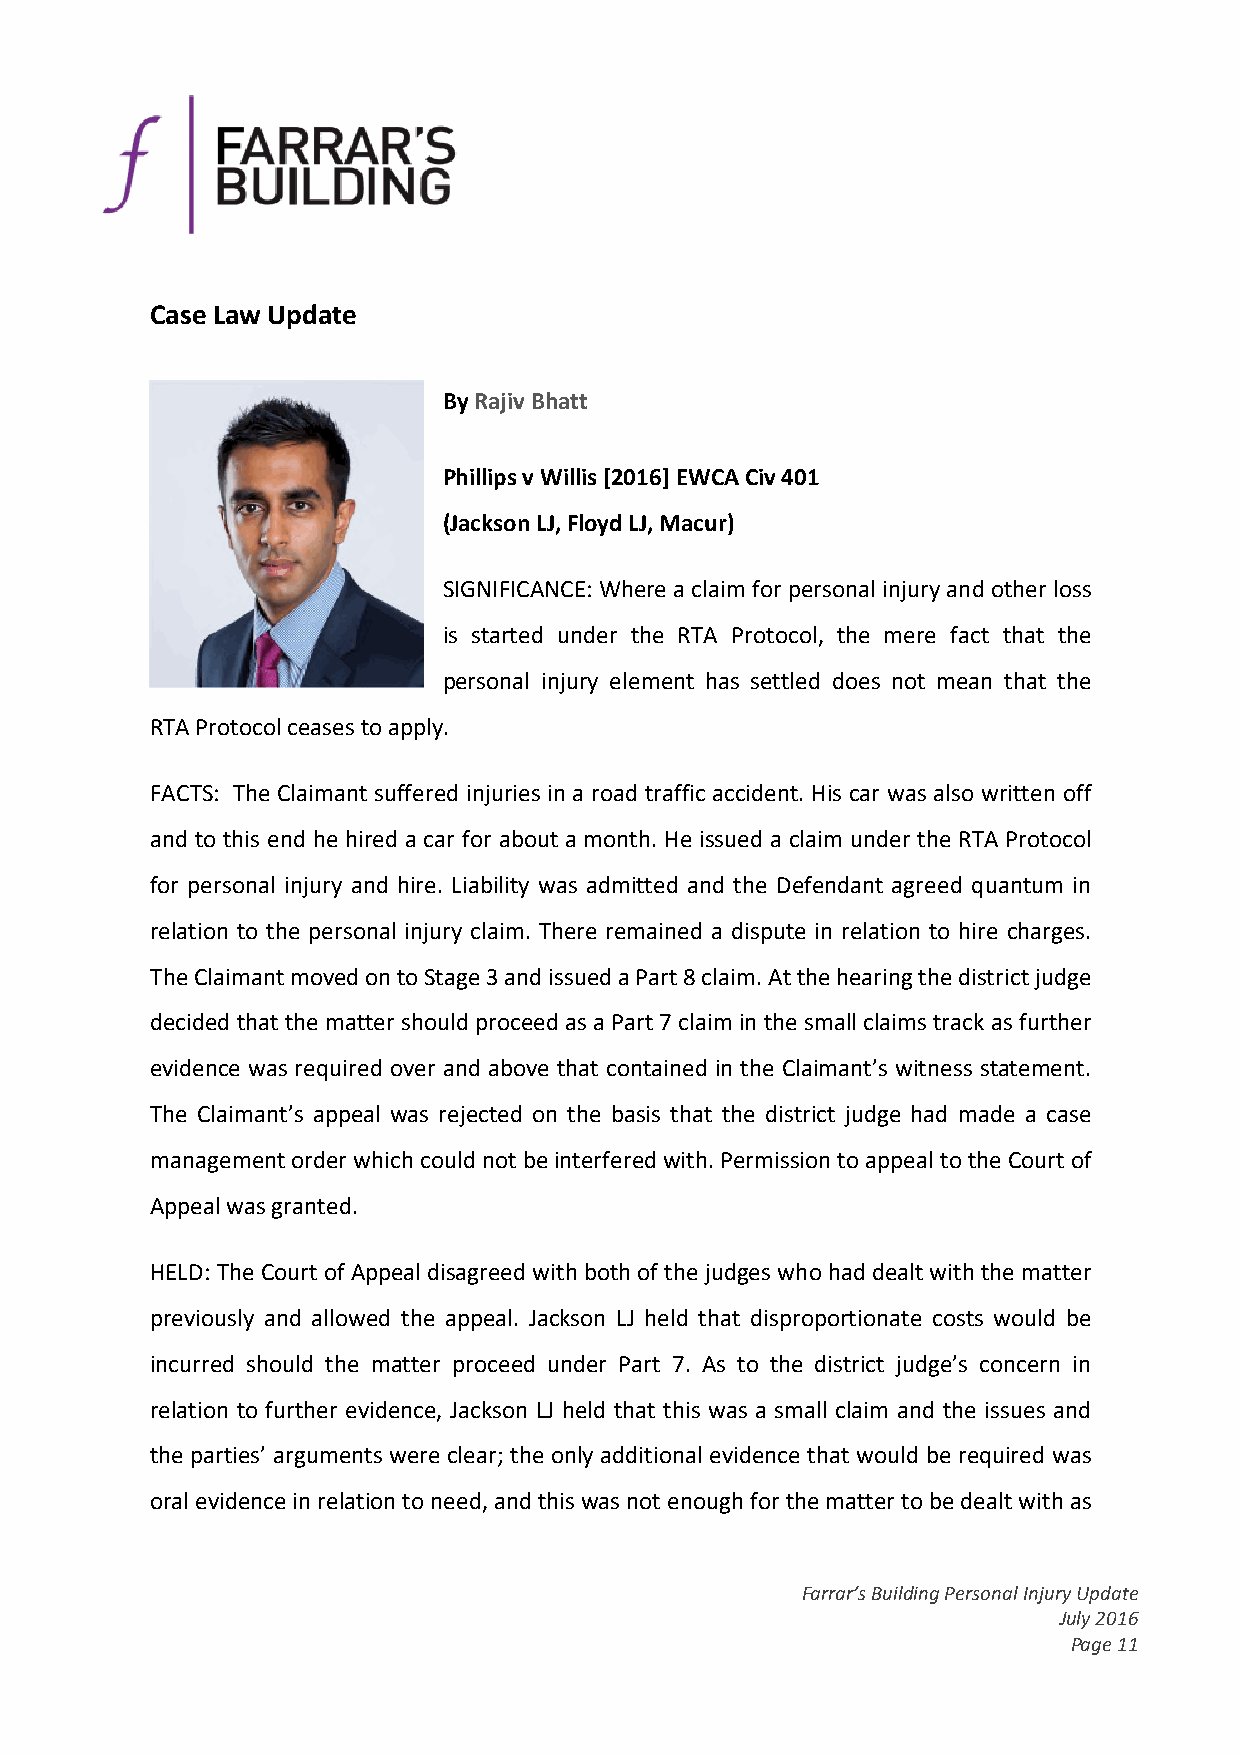
Case Law Update
 ByRajivBhatt
 PhillipsvWillis[2016]EWCACiv401
 (JacksonLJ,FloydLJ,Macur)
 SIGNIFICANCE: Where aclaim forpersonalinjuryandotherloss
 is started under the RTA Protocol, the mere fact that the
 personal injury element has settled does not mean that the
 RTAProtocolceasestoapply.
 FACTS: The Claimant suffered injuries in a road traffic accident. His car was also written off
 and to this end he hired a car for about a month. He issued a claim under the RTA Protocol
 for personal injury and hire. Liability was admitted and the Defendant agreed quantum in
 relation to the personal injury claim. There remained a dispute in relation to hire charges.
 TheClaimantmovedontoStage3andissuedaPart8claim.Atthehearingthedistrictjudge
 decided thatthe mattershould proceedasa Part7 claim in the smallclaimstrackasfurther
 evidence was required over and above that contained in the Claimant’s witness statement.
 The Claimant’s appeal was rejected on the basis that the district judge had made a case
 managementorderwhichcouldnotbeinterferedwith.PermissiontoappealtotheCourtof
 Appealwasgranted.
 HELD:TheCourtofAppealdisagreedwithbothofthejudgeswhohaddealtwiththematter
 previously and allowed the appeal. Jackson LJ held that disproportionate costs would be
 incurred should the matter proceed under Part 7. As to the district judge’s concern in
 relation to further evidence, Jackson LJ held that this was a small claim and the issues and
 the parties’ argumentswere clear; the only additional evidence that would be required was
 oralevidenceinrelationtoneed,andthiswasnotenoughforthemattertobedealtwithas
 Farrar’sBuildingPersonalInjuryUpdate
 July2016
 Page11